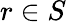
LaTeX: r\in S